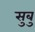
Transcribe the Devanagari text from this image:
सुबु